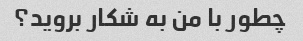
چطور با من به شکار بروید؟